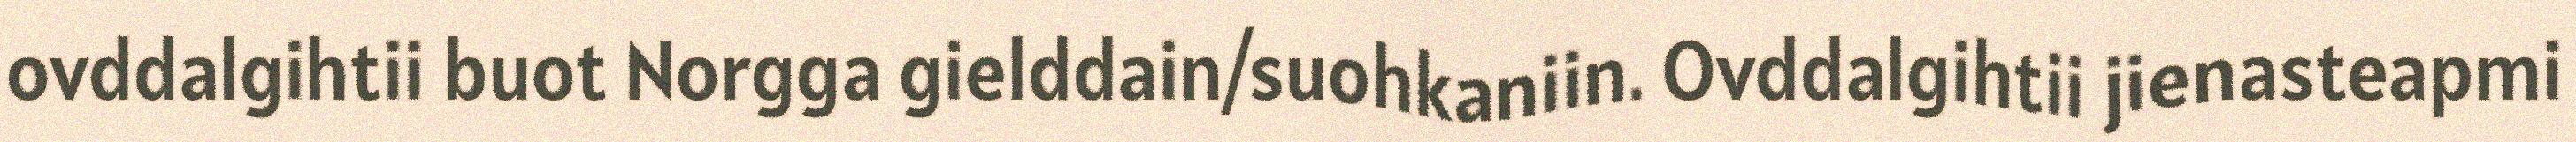
ovddalgihtii buot Norgga gielddain/suohkaniin. Ovddalgihtii jienasteapmi